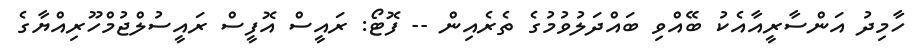
ހާމިދު އަންސާރީއާއެކު ބޭއްވި ބައްދަލުވުމުގެ ތެރެއިން -- ފޮޓޯ: ރައީސް އޮފީސް ރައީސުލްޖުމްހޫރިއްޔާގެ